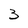
Character: 3